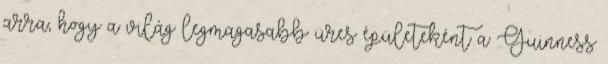
arra, hogy a világ legmagasabb üres épületeként a Guinness